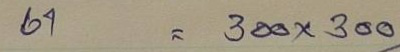
61 = 300x300